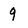
Character: 9